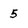
Character: 5